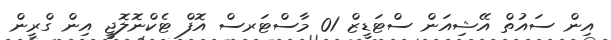
އިން ސައުތް އޭޝިއަން ސްޓަޑީޒް 01 މާސްޓަރސް އޮފް ޓެކްނޮލޮޖީ އިން ގްރީން